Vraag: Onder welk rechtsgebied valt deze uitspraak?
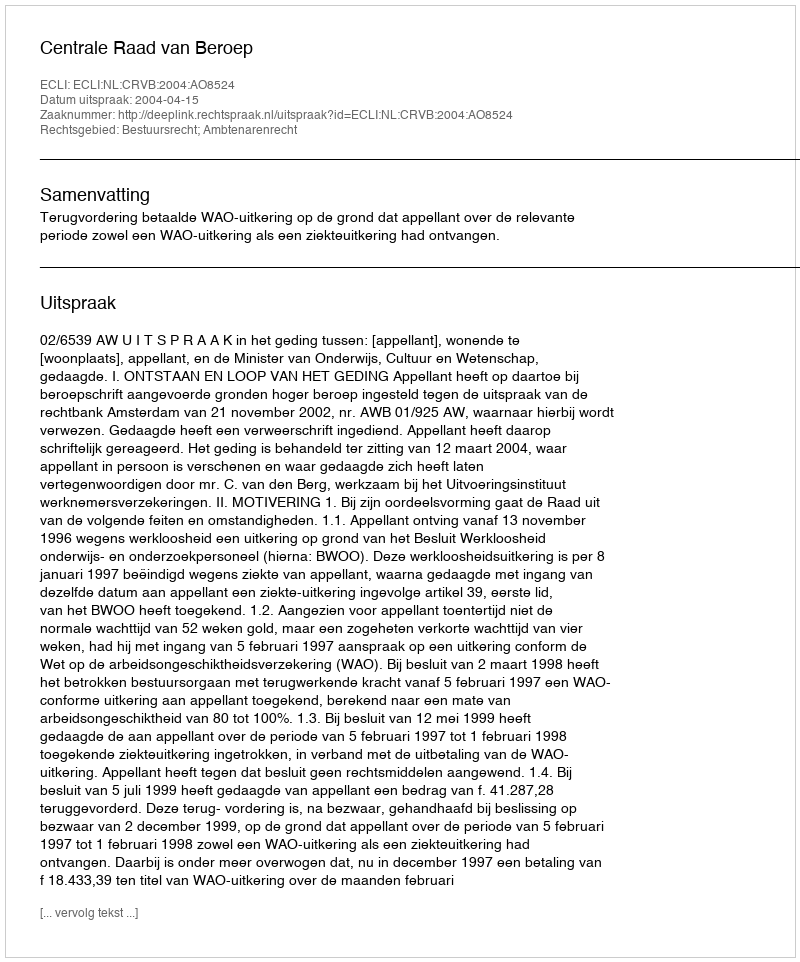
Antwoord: Bestuursrecht; Ambtenarenrecht